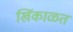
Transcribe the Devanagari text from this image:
खिंकाळत